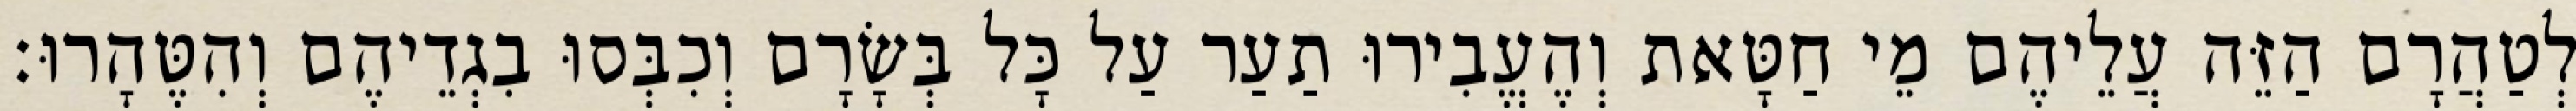
לְטַהֲרָם הַזֵּה עֲלֵיהֶם מֵי חַטָּאת וְהֶעֱבִירוּ תַעַר עַל כָּל בְּשָׂרָם וְכִבְּסוּ בִגְדֵיהֶם וְהִטֶּהָרוּ׃